Report of the Indian Hemp Drugs Commission, 1894-1895 - Volume VI
Year: 1894
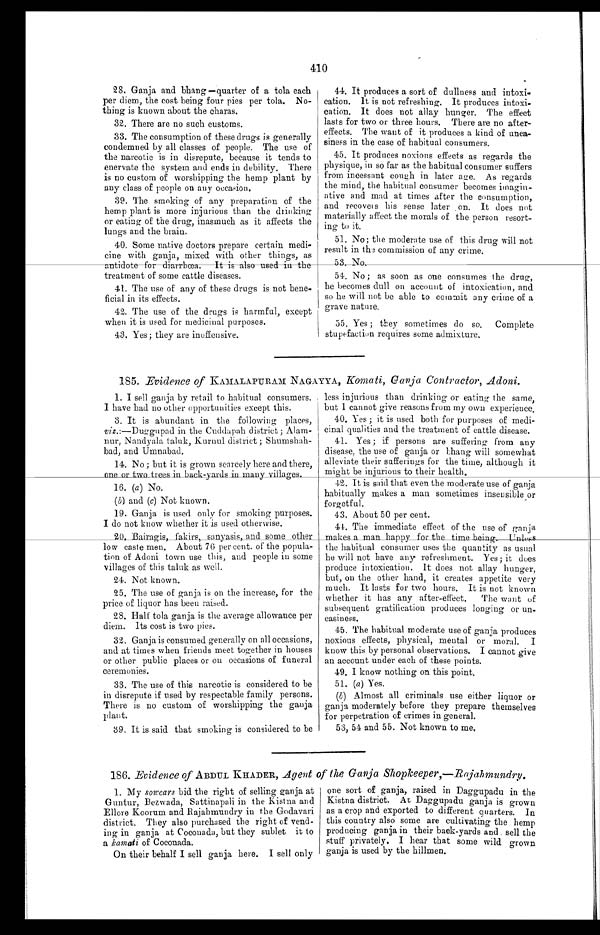
410
28. Ganja and bhang—quarter of a tola each
per diem, the cost being four pies per tola. No
-thing is known about the charas.
32. There are no such customs.
33. The consumption of these drugs is generally
condemned by all classes of people. The use of
the narcotic is in disrepute, because it tends to
enervate the system and ends in debility. There
is no custom of worshipping the hemp plant by
any class of people on any occasion
.
39. The smoking of any preparation of the
hemp plant is more injurious than the drinking
or eating of the drug, inasmuch as it affects the
lungs and the brain.
40. Some native doctors prepare certain
m e d i - c i n e w i t h g a n j a , m i x e d w i t h o t h e r t h i n g s , a s
antidote for diarrhœa. It is also used in the
treatment of some cattle diseases.
41. The use of any of these drugs is not bene
-ficial in its effects.
42. The use of the drugs is harmful, except
when it is used for medicinal purposes.
43. Yes; they are inoffensive.
44. It produces a sort of dullness and
intoxi-cation. It is not refreshing. It produces intoxi
- c a t i o n . I t d o e s n o t a l l a y h u n g e r . T h e e f f e c t
lasts for two or three hours. There are no after
-effects. The want of it produces a kind of unea
- s i n e s s i n t h e c a s e o f h a b i t u a l c o n s u m e r s .
45. It produces noxious effects as regards the
physique, in so far as the habitual consumer suffers
from incessant cough in later age. As regards
the mind, the habitual consumer becomes imagin
- a t i v e a n d m a d a t t i m e s a f t e r t h e c o n s u m p t i o n ,
and recovers his sense later on. It does not
materially affect the morals of the person resort
-ing to it.
51. No; the moderate use of this drug will not
result in the commission of any crime.
5 3 . N o .
54. No; as soon as one consumes the drug,
he becomes dull on account of intoxication, and
so he will not be able to commit any crime of a
grave nature.
55. Yes; they sometimes do so.
Complete
stupefaction requires some admixture.
185. Evidence of KAMALAPURAM NAGAYYA, Komati, Ganja Contractor, Adoni.
1. I sell ganja by retail to habitual consumers.
I have had no other opportunities except this.
3. It is abundant in the following places,
viz.:—Duggupad in the Cuddapah district; Alam
-nur, Nandyala taluk, Kurnul district; Shumshah
- b a d , a n d U m n a b a d .
14. No; but it is grown scarcely here and there,
one or two trees in back-yards
in many villages.
16. (a ) No.
(b) and ( c) Not known.
19. Ganja is used only for smoking purposes.
I do not know whether it is used otherwise.
20. Bairagis, fakirs, sanyasis, and some other
low caste men. About 76 per cent. of the popula
-tion of Adoni town use this, and people in some
villages of this taluk as well.
24. Not known.
25. The use of ganja is on the increase, for the
price of liquor has been raised.
28. Half tola ganja is the average allowance per
diem. Its cost is two pies.
32. Ganja is consumed generally on all occasions,
and at times when friends meet together in houses
or other public places or on occasions of funeral
ceremonies.
33. The use of this narcotic is considered to be
in disrepute if used by respectable family persons.
There is no custom of worshipping the ganja
plant.
39. It is said that smoking is considered to be
less injurious than drinking or eating the same,
but I cannot give reasons from my own experience
.
40. Yes; it is used both for purposes of medi
-cinal qualities and the treatment of cattle disease.
41. Yes; if persons are suffering from any
disease, the use of ganja or bhang will somewhat
alleviate their sufferings for the time, although it
might be injurious to their health.
42. It is said that even the moderate use of ganja
habitually makes a man sometimes insensible or
forgetful.
43. About 50 per cent.
44. The immediate effect of the use of ganja
m a k e s a m a n h a p p y f o r t h e t i m e b e i n g . U n l e s s t h e h a b i t u a lc
o n s u m e r u s e s t h e q u a n t i t ya
s u s u a l
he will not have any refreshment. Yes; it does
produce intoxication. It does not allay hunger,
but, on the other hand, it creates appetite very
much. It lasts for two hours. It is not known
whether it has any after-effect. The want of
subsequent gratification produces longing or un
- e a s i n e s s .
45. The habitual moderate use of ganja produces
noxious effects, physical, mental or moral. I
know this by personal observations. I cannot give
an account under each of these points.
49. I know nothing on this point.
51. (a ) Yes.
(b) Almost all criminals use either liquor or
ganja moderately before they prepare themselves
for perpetration of crimes in general.
53, 54 and 55. Not known to me.
186 Ev idence of ABDUL KHADER, Agent of the Ganja Shopkeeper,—Rajahmundr
y.
1. My sowcars bid the right of selling ganja at
Guntur, Bezwada, Sattinapali in the Kistna and
Ellore Koorum and Rajahmundry in the Godavari
district. They also purchased the right of vend
- i n g i n
g a n j a a t
C o c o n a d a , b u t t h e y s u b l e t i t t o
a kamati of Coconada.
On their behalf I sell ganja here. I sell only
one sort of ganja, raised in Daggupadu in the
Ki st na di st ri ct . At Daggupadu ganj a i s grown
as a crop and exported to different quarters. In
this country also some are cultivating the hemp
producing ganja in their back-yards and sell the
stuff privately. I hear that some wild grown
ganja is used by the hillmen.